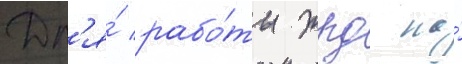
Дл'я́ рабо́ты жрд на́